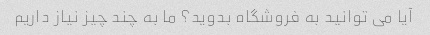
آیا می توانید به فروشگاه بدوید؟ ما به چند چیز نیاز داریم